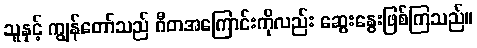
သူနှင့် ကျွန်တော်သည် ဂီတအကြောင်းကိုလည်း ဆွေးနွေးဖြစ်ကြသည်။